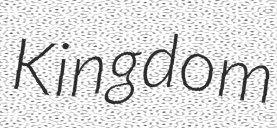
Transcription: Kingdom